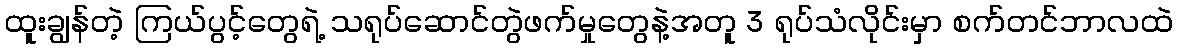
ထူးချွန်တဲ့ ကြယ်ပွင့်တွေရဲ့ သရုပ်ဆောင်တွဲဖက်မှုတွေနဲ့အတူ 3 ရုပ်သံလိုင်းမှာ စက်တင်ဘာလထဲ